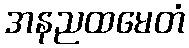
အနညထမေတံ